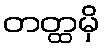
တတ္ထမှိ